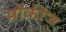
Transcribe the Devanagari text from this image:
मोंकीज